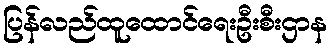
ပြန်လည်ထူထောင်ရေးဦးစီးဌာန